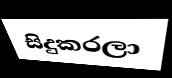
සිදුකරලා